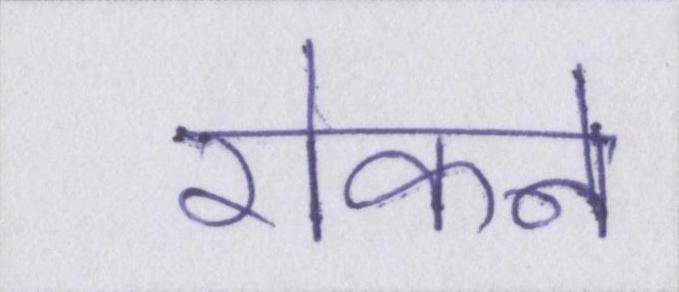
रोकने